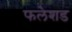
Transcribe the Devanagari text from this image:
फलेशड